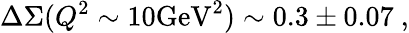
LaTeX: \Delta\Sigma(Q^{2}\sim 10\mathrm{GeV}^{2})\sim 0.3\pm 0.07\ ,